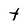
Character: t